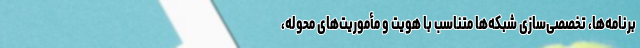
برنامه‌ها، تخصصی‌سازی شبکه‌ها متناسب با هویت و مأموریت‌های محوله،